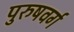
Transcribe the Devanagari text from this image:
पुरुषवर्ग